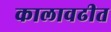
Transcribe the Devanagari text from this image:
कालावढीत